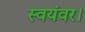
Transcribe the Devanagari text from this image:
स्वयंवर।